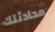
محادثتك